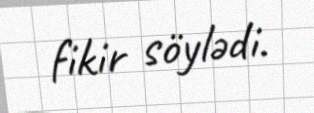
fikir söylədi.